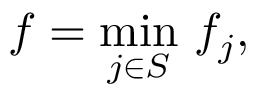
f = \underset { j \in S } { \operatorname* { m i n } } \ f _ { j } ,